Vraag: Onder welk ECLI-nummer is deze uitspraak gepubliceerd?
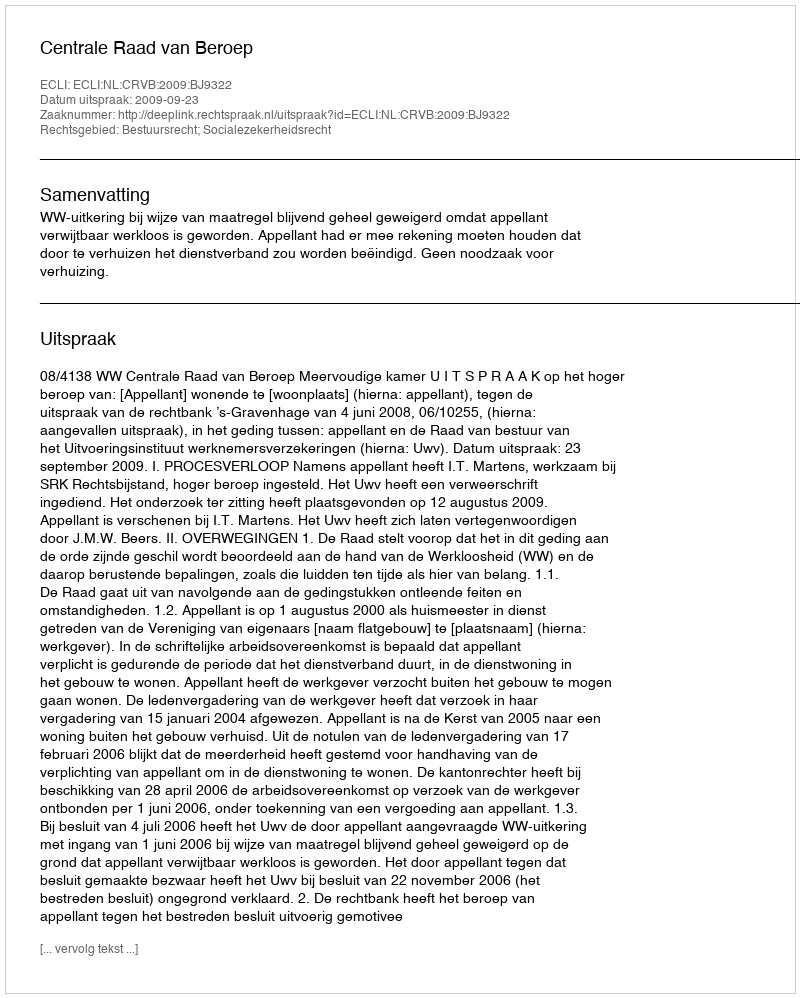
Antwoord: ECLI:NL:CRVB:2009:BJ9322